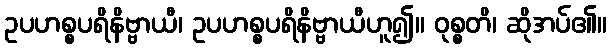
ဥပဟစ္စပရိနိဗ္ဗာယီ၊ ဥပဟစ္စပရိနိဗ္ဗာယီဟူ၍။ ဝုစ္စတိ၊ ဆိုအပ်၏။